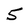
Character: 5